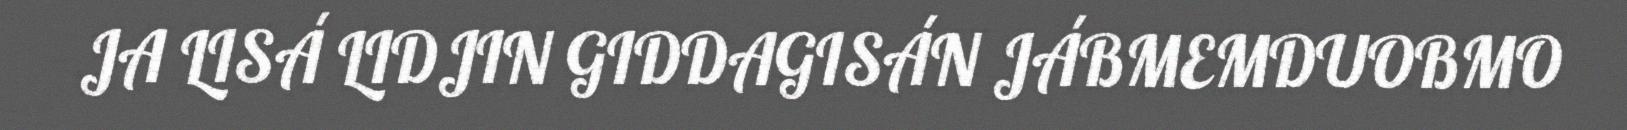
JA LISÁ LIDJIN GIDDAGISÁN JÁBMEMDUOBMO